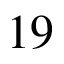
1 9